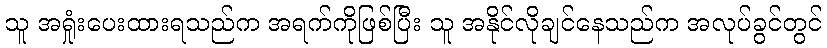
သူ အရှုံးပေးထားရသည်က အရက်ကိုဖြစ်ပြီး သူ အနိုင်လိုချင်နေသည်က အလုပ်ခွင်တွင်